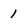
Character: 1